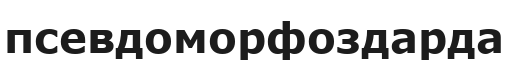
псевдоморфоздарда